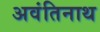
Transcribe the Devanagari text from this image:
अवंतिनाथ